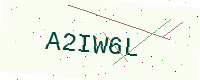
Text: A2IW6L